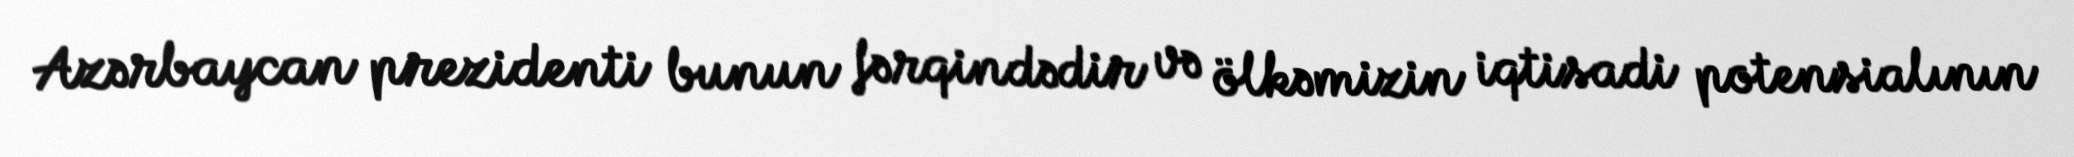
Azərbaycan prezidenti bunun fərqindədir və ölkəmizin iqtisadi potensialının